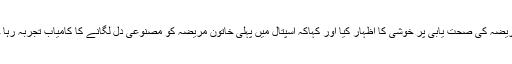
اسپتال کے ڈاکٹروں اور پیرا میڈیکل عملے نے مریضہ کی صحت یابی پر خوشی کا اظہار کیا اور کہاکہ اسپتال میں پہلی خاتون مریضہ کو مصنوعی دل لگانے کا کامیاب تجربہ رہا جس کو شعبہ طب کی تاریخ میں سراہا جارہا ہے۔